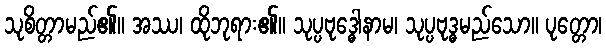
သုစိတ္တာမည်၏။ အဿ၊ ထိုဘုရား၏။ သုပ္ပဗုဒ္ဓေါနာမ၊ သုပ္ပဗုဒ္ဓမည်သော။ ပုတ္တော၊